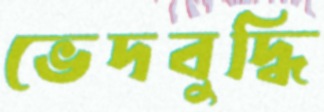
ভেদবুদ্ধি